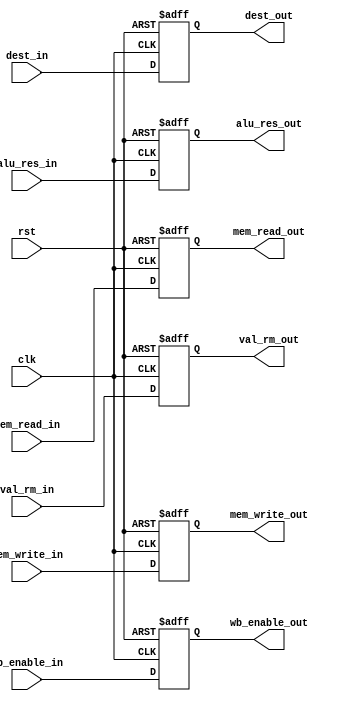
module EXE_Stage_Reg(
	input clk, rst,
	input wb_enable_in, mem_read_in, mem_write_in,
	input [31:0] alu_res_in, val_rm_in,
	input [3:0] dest_in,
	
	output reg wb_enable_out, mem_read_out, mem_write_out,
	output reg [31:0] alu_res_out, val_rm_out,
	output reg [3:0] dest_out
);
	always @(posedge clk, posedge rst) 
        if (rst)
			begin
				{wb_enable_out, mem_read_out, mem_write_out} <= {3'b0};
				{alu_res_out, val_rm_out} <= {64'b0};
				dest_out <= 4'b0;
			end
        else
			begin
				{wb_enable_out, mem_read_out, mem_write_out} <= {wb_enable_in, mem_read_in, mem_write_in};
				{alu_res_out, val_rm_out} <= {alu_res_in, val_rm_in};
				dest_out <= dest_in;
			end
endmodule